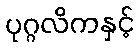
ပုဂ္ဂလိကနှင့်